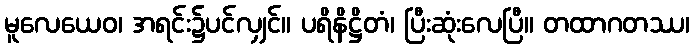
မူလေယေဝ၊ အရင်း၌ပင်လျှင်။ ပရိနိဋ္ဌိတံ၊ ပြီးဆုံးလေပြီ။ တထာဂတဿ၊